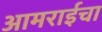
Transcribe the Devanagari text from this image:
आमराईचा